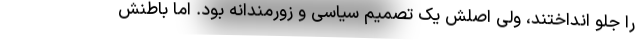
را جلو انداختند، ولی اصلش یک تصمیم سیاسی و زورمندانه بود. امّا باطنش